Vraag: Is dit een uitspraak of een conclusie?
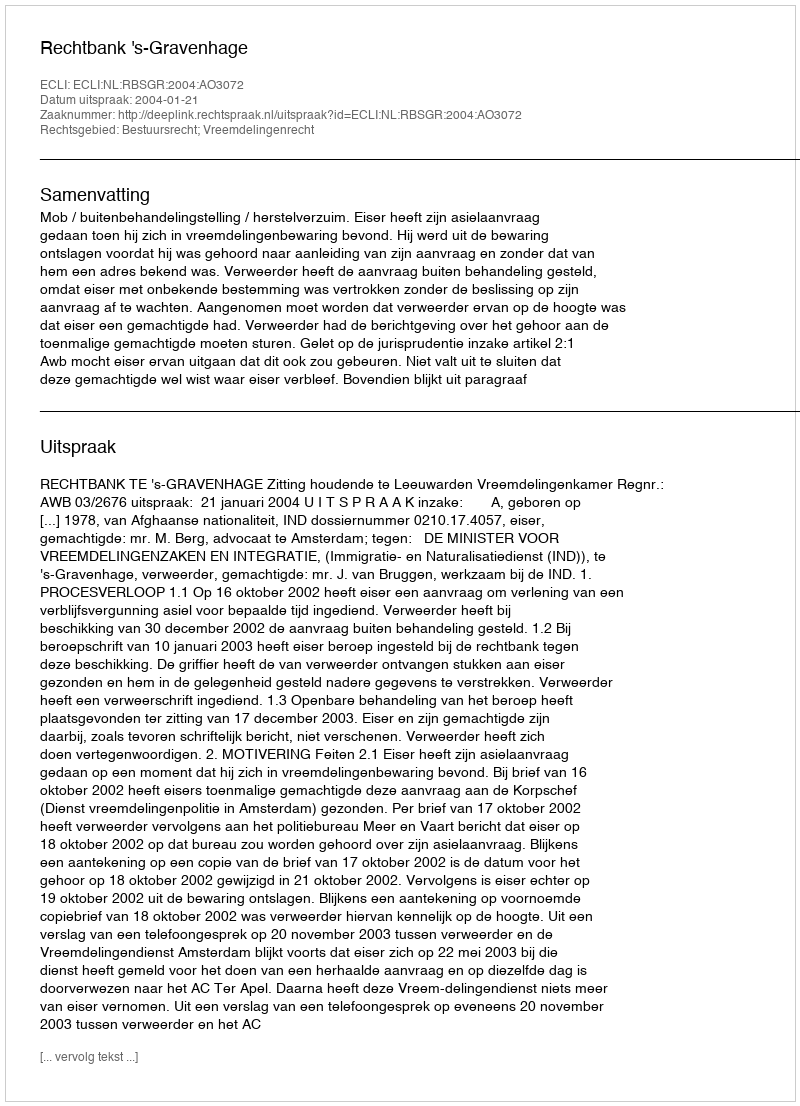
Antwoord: Uitspraak